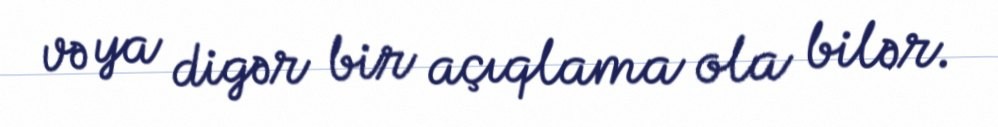
və ya digər bir açıqlama ola bilər.